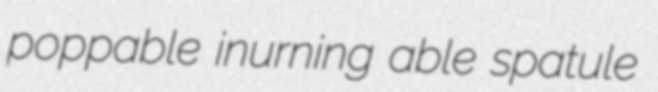
poppable inurning able spatule